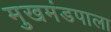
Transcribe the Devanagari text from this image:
मुखमंडपाला